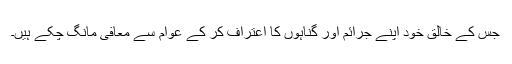
جس کے خالق خود اپنے جرائم اور گناہوں کا اعتراف کر کے عوام سے معافی مانگ چکے ہیں۔